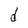
Character: d